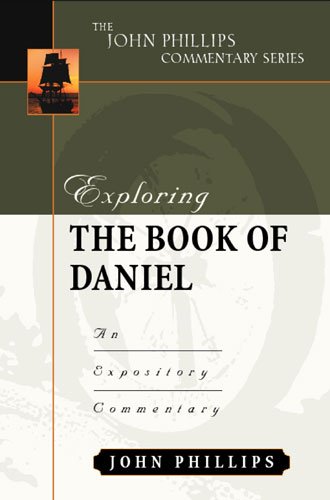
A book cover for Exploring the Book of Daniel (John Phillips Commentary Series) (The John Phillips Commentary Series); John Phillips; Christian Books & Bibles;